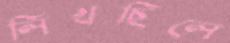
লিখছিলে